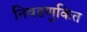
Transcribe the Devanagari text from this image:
निवडणुकित